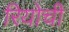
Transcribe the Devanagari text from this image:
रियोची